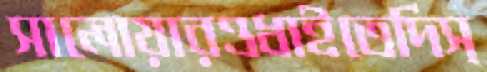
সালোয়ারওধাইতেদিস্